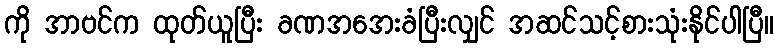
ကို အာဗင်က ထုတ်ယူပြီး ခဏအအေးခံပြီးလျှင် အဆင်သင့်စားသုံးနိုင်ပါပြီ။